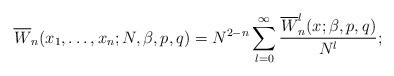
LaTeX: \begin{align*} \overline{W}_n(x_1,\dots,x_n;N,\beta,p,q) = N^{2-n} \sum_{l=0}^\infty { \overline{W}_n^{l}(x;\beta,p,q) \over N^l}; \end{align*}